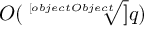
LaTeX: O ( { \sqrt [ [object Object] ] { q } } )